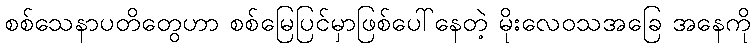
စစ်သေနာပတိတွေဟာ စစ်မြေပြင်မှာဖြစ်ပေါ်နေတဲ့ မိုးလေဝသအခြေ အနေကို